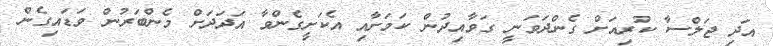
އަދި ޖަލްސާ ކުރިއަށް ގެންދަވަނީ ގަވާއިދުން ކަމަށާއި އެކަށީގެންވާ އަދަދަށް މެންބަރުން ވަޑައިގެން